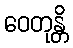
ဝေတုန္တိ